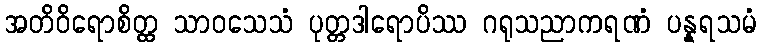
အတိဝိရောစိတ္ထ သာဝသေသံ ပုတ္တဒါရောပိဿ ဂရုသညာကရဏံ ပန္နရသမံ